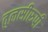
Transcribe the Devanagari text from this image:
तुलसीरुपी